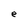
Character: e